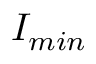
I _ { m i n }